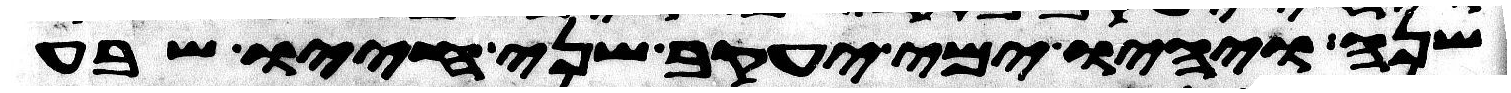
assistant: שנה ויהיו ימי יעקב שני חייו שבע